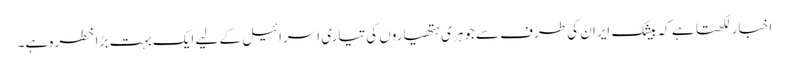
اخبار لکھتا ہے کہ بیشک ایران کی طرف سے جوہری ہتھیاروں کی تیاری اسرائیل کے لیے ایک بہت بڑا خطرہ ہے۔